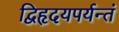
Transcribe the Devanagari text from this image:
द्विहृदयपर्यन्तं